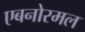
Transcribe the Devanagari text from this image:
एबनोरमल